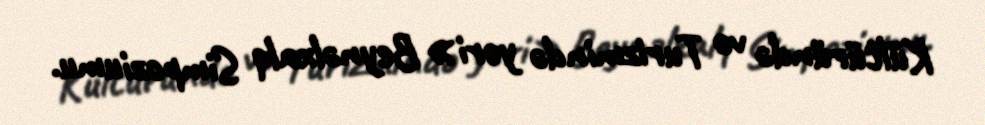
Kültüründə və Turizmində yeri» Beynəlxalq Simpoziumu.